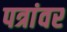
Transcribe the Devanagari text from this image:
पत्रांवर